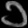
Digit: ၁